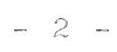
- 2 -